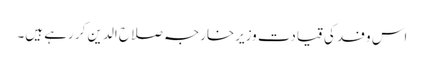
اس وفد کی قیادت وزیرخارجہ صلاح الدین کر رہے ہیں۔